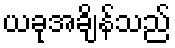
ယခုအချိန်သည်